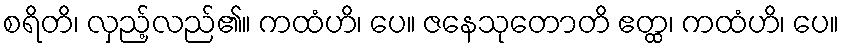
စရိတိ၊ လှည့်လည်၏။ ကထံဟိ၊ ပေ။ ဇနေသုတောတိ ဧတ္ထ၊ ကထံဟိ၊ ပေ။